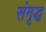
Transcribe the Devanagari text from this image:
संमृद्ध